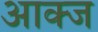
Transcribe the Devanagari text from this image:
आक्ज